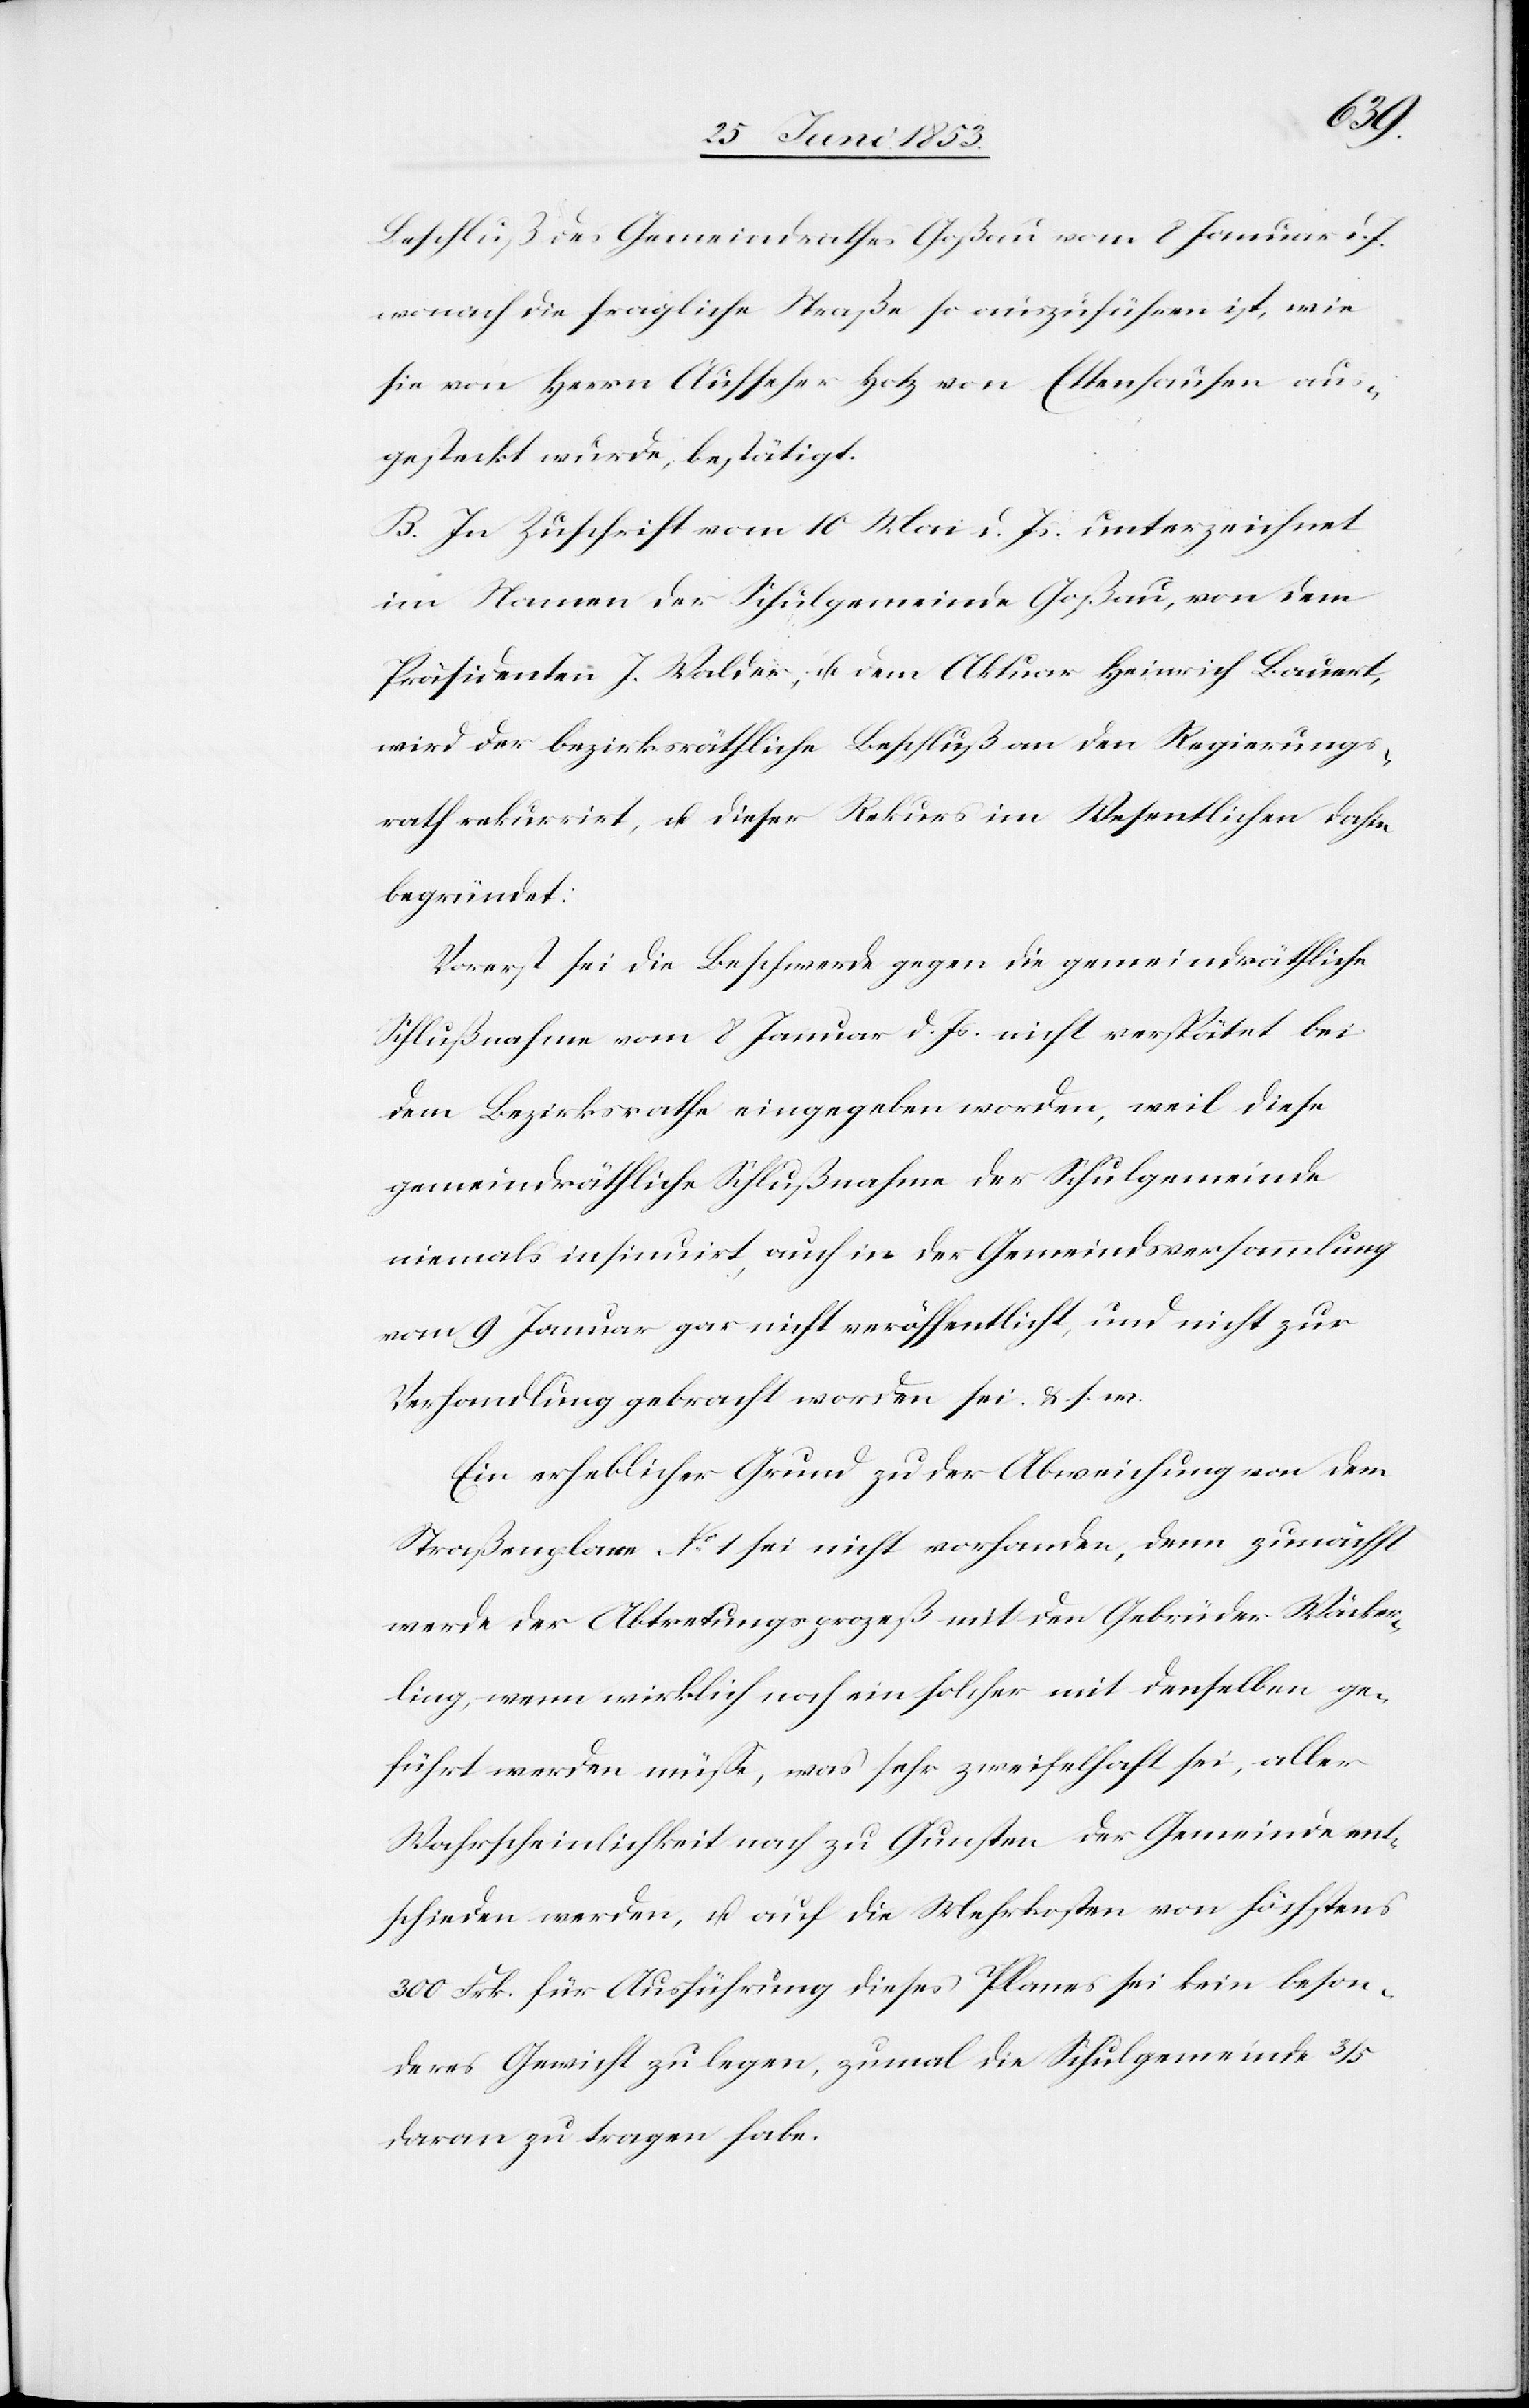
Beschluß des Gemeindrathes Goßau vom 8 Januar d. J.
wonach die fragliche Straße so auszuführen ist, wie
sie von Herrn Aufseher Hotz von Ettenhausen aus¬
gesteckt wurde, bestätigt.
B. In Zuschrift vom 10 Mai d. Js. unterzeichnet
im Namen der Schulgemeinde Goßau, von dem
Präsidenten J. Walder, u. dem Aktuar Heinrich Bauert,
wird der bezirksräthliche Beschluß an den Regierungs¬
rath rekurrirt, u. dieser Rekurs im Wesentlichen dahin
begründet:
Vorerst sei die Beschwerde gegen die gemeindräthliche
Schlußnahme vom 8 Januar d. Js. nicht verspätet bei
dem Bezirksrathe eingegeben worden, weil diese
gemeinschaftliche Schlußnahme der Schulgemeinde
niemals insinuirt, auch in der Gemeindsversammlung
vom 9 Januar gar nicht veröffentlicht, und nicht zur
Verhandlung gebracht worden sei. u. s. w.
Ein erheblicher Grund zu der Abweichung von dem
Straßenplane N°. 1 sei nicht vorhanden, denn zunächst
werde der Abtretungsprozeß mit den Gebrüder Wäcker¬
ling, wenn wirklich noch ein solcher mit denselben ge¬
führt werden müße, was sehr zweifelhaft sei, aller
Wahrscheinlichkeit nach zu Gunsten der Gemeinde ent¬
schieden werden, u. auf die Mehrkosten von höchstens
300 Frk. für Ausführung dieses Planes sei kein beson¬
deres Gewicht zu legen, zumal die Schulgemeinde 3/5
daran zu tragen habe.